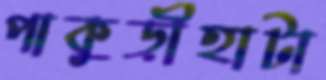
পাকুড়ীহাটা